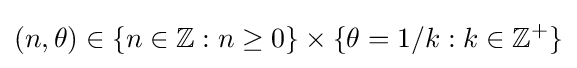
(n,\theta )\in \{n\in \mathbb {Z} :n\geq 0\}\times \{\theta =1/k:k\in \mathbb {Z} ^{+}\}